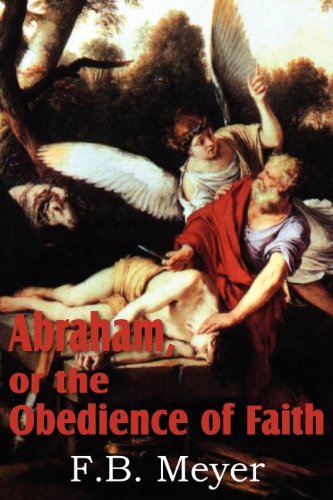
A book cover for Abraham, or the Obedience of Faith; F. B. Meyer; Christian Books & Bibles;